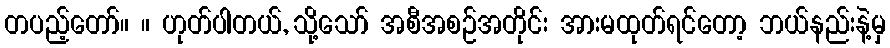
တပည့်တော်။ ။ ဟုတ်ပါတယ်, သို့သော် အစီအစဉ်အတိုင်း အားမထုတ်ရင်တော့ ဘယ်နည်းနဲ့မှ